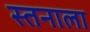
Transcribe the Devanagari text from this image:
स्तनाला